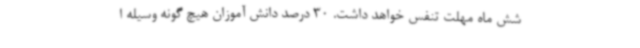
شش ماه مهلت تنفس خواهد داشت. 30 درصد دانش آموزان هیچ گونه وسیله ا